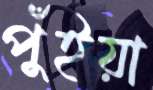
পুঁইয়া